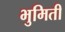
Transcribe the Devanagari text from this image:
भुमिती